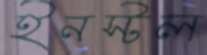
ইনস্টল